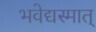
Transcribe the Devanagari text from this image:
भवेद्यस्मात्